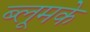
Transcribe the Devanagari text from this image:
ब्लूमके